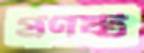
প্রণষ্ট